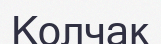
Колчак